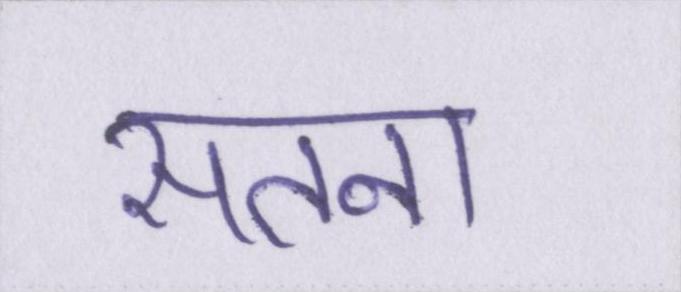
सतना